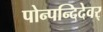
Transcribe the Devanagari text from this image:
पोन्पन्दिदेवर्